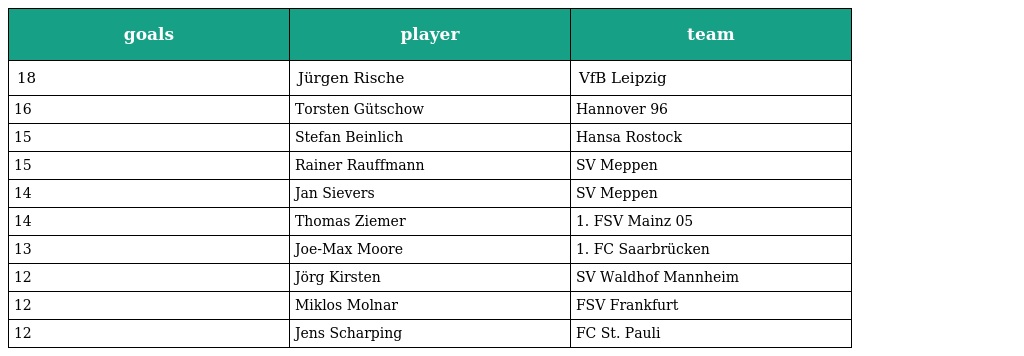
| goals | player | team |
 | --- | --- | --- |
 | 18 | Jürgen Rische | VfB Leipzig |
 | 16 | Torsten Gütschow | Hannover 96 |
 | 15 | Stefan Beinlich | Hansa Rostock |
 | 15 | Rainer Rauffmann | SV Meppen |
 | 14 | Jan Sievers | SV Meppen |
 | 14 | Thomas Ziemer | 1. FSV Mainz 05 |
 | 13 | Joe-Max Moore | 1. FC Saarbrücken |
 | 12 | Jörg Kirsten | SV Waldhof Mannheim |
 | 12 | Miklos Molnar | FSV Frankfurt |
 | 12 | Jens Scharping | FC St. Pauli |